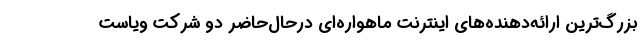
بزرگ‌ترین ارائه‌دهنده‌های اینترنت ماهواره‌ای درحال‌حاضر دو شرکت ویاست